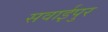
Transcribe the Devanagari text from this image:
सवाईपुर